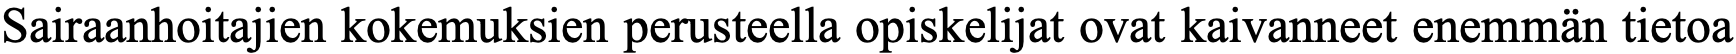
Sairaanhoitajien kokemuksien perusteella opiskelijat ovat kaivanneet enemmän tietoa